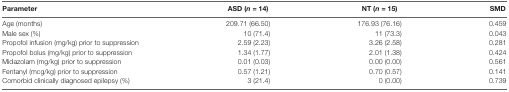
| Parameter | ASD (n = 14) | NT (n = 15) | SMD |
 | --- | --- | --- | --- |
 | Age (months) | 209.71 (66.50) | 176.93 (76.16) | 0.459 |
 | Male sex (%) | 10 (71.4) | 11 (73.3) | 0.043 |
 | Propofol infusion (mg/kg) prior to suppression | 2.59 (2.23) | 3.26 (2.58) | 0.281 |
 | Propofol bolus (mg/kg) prior to suppression | 1.34 (1.77) | 2.01 (1.38) | 0.424 |
 | Midazolam (mg/kg) prior to suppression | 0.01 (0.03) | 0.00 (0.00) | 0.561 |
 | Fentanyl (mcg/kg) prior to suppression | 0.57 (1.21) | 0.70 (0.57) | 0.141 |
 | Comorbid clinically diagnosed epilepsy (%) | 3 (21.4) | 0 (0.00) | 0.739 |